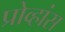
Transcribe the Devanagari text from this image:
प्रोव्हांस